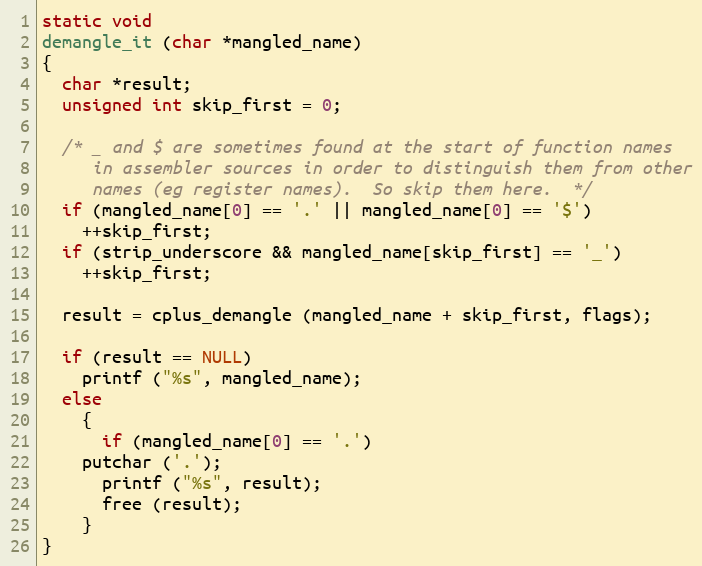
Language: C
static void
demangle_it (char *mangled_name)
{
  char *result;
  unsigned int skip_first = 0;

  /* _ and $ are sometimes found at the start of function names
     in assembler sources in order to distinguish them from other
     names (eg register names).  So skip them here.  */
  if (mangled_name[0] == '.' || mangled_name[0] == '$')
    ++skip_first;
  if (strip_underscore && mangled_name[skip_first] == '_')
    ++skip_first;

  result = cplus_demangle (mangled_name + skip_first, flags);

  if (result == NULL)
    printf ("%s", mangled_name);
  else
    {
      if (mangled_name[0] == '.')
	putchar ('.');
      printf ("%s", result);
      free (result);
    }
}